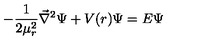
- { \frac { 1 } { 2 \mu _ { r } ^ { 2 } } } { \vec { \nabla } } ^ { 2 } \Psi + V ( r ) \Psi = E \Psi \